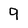
Character: 9